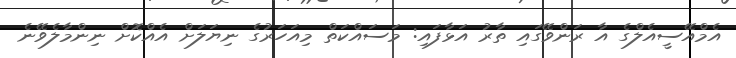
އެމްއޭސީއެލްގެ އާ ރަންވޭގައި ތާރު އަޅާފައި: މަސައްކަތް މިއަހަރުގެ ނިޔަލަށް އެއްކޮށް ނިންމާލެވޭނެ